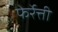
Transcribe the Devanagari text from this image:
फेर्रेत्ती